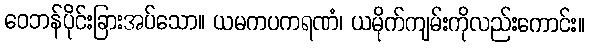
ဝေဘန်ပိုင်းခြားအပ်သော။ ယမကပကရဏံ၊ ယမိုက်ကျမ်းကိုလည်းကောင်း။